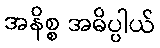
အနိစ္စ အဓိပ္ပါယ်